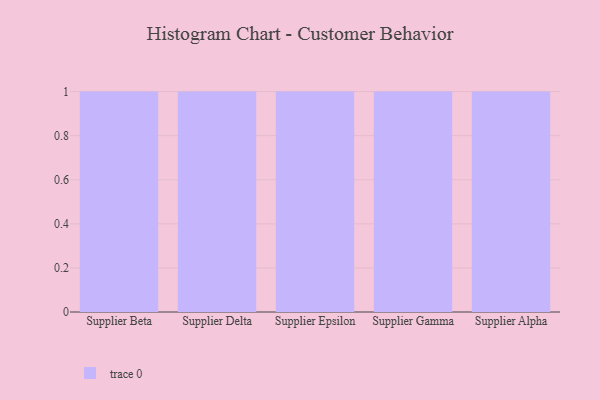
{"axis": {"x": "Supplier", "y": "Churn Rate (%)"}, "legend": [""], "data": [{"x": "Supplier Beta", "y": 48, "type": ""}, {"x": "Supplier Delta", "y": 42, "type": ""}, {"x": "Supplier Epsilon", "y": 4, "type": ""}, {"x": "Supplier Gamma", "y": 57, "type": ""}, {"x": "Supplier Alpha", "y": 68, "type": ""}]}